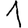
Digit: 1